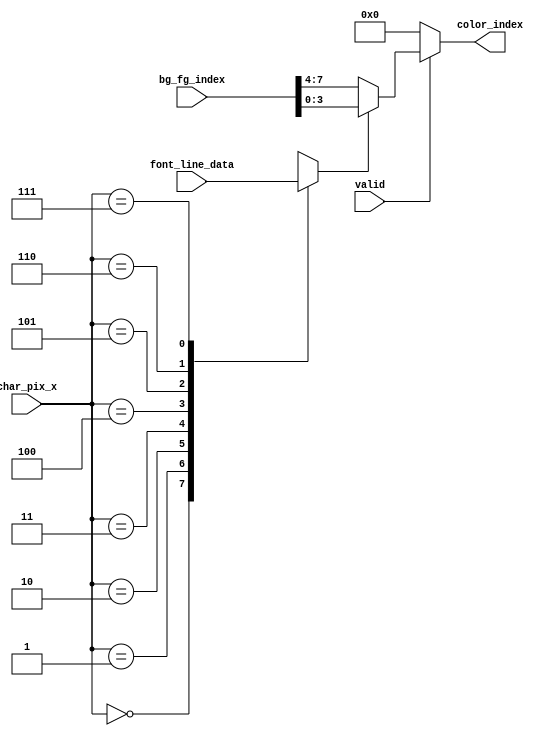

module pixel_index_color (
    input valid,
    input [7:0] font_line_data,
    input [2:0] char_pix_x,
    input [7:0] bg_fg_index,
    output [3:0] color_index
);
    reg pix;

    always @ (*) begin
        case (char_pix_x)
            3'd0: pix = font_line_data[7];
            3'd1: pix = font_line_data[6];
            3'd2: pix = font_line_data[5];
            3'd3: pix = font_line_data[4];
            3'd4: pix = font_line_data[3];
            3'd5: pix = font_line_data[2];
            3'd6: pix = font_line_data[1];
            3'd7: pix = font_line_data[0];
        endcase
    end

    // if pix is 1, return fg color index, otherwise bg color:
    assign color_index = valid ? (pix == 1'b1 ? bg_fg_index[3:0] : bg_fg_index[7:4]) : 4'd0;

endmodule